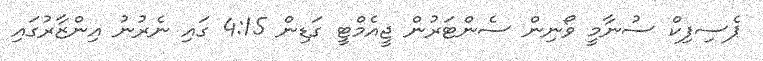
ޕެސިފިކް ސުނާމީ ވޯނިން ސެންޓަރުން ޖީއެމްޓީ ގަޑިން 4:15 ގައި ނެރުނު އިންޒާރުގައި